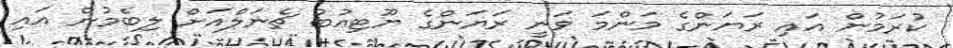
ކުރަމުން އައި ރަޔަންގެ މަންމަ ވަނީ ރަޔަންގެ ޔޫޓިއުބު ޗެނަލްއަށް ލިބެމުން އައި